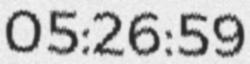
05:26:59